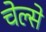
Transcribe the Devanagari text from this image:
चेल्से